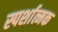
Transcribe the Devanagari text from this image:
स्पर्शात्मक